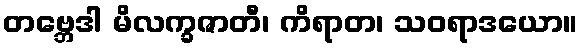
တဗ္ဘေဒါ မိလက္ခဇာတီ၊ ကိရာတ၊ သဝရာဒယော။